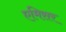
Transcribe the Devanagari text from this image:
एमिसर